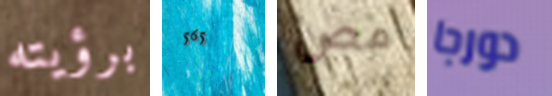
برؤيته 565 مص دورجا